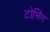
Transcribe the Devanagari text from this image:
टोनिंग